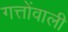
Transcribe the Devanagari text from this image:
गत्तोंवाली